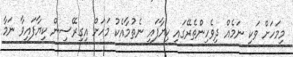
މިމަހަށް ވަކި ނަމެއް ދިވެހިންތެރޭގައި ކިޔާފައި ނެތުމާއެކު މަހަށް އިގިރޭސިން ކިޔާފައިވާ ނަމާ